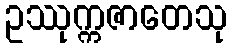
ဥဿုက္ကဇာတေသု